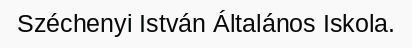
Széchenyi István Általános Iskola.